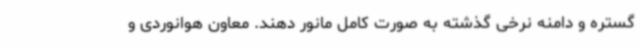
گستره و دامنه نرخی گذشته به صورت کامل مانور دهند. معاون هوانوردی و